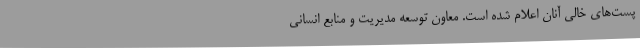
پست‌های خالی آنان اعلام شده است. معاون توسعه مدیریت و منابع انسانی